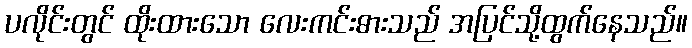
ပလိုင်းတွင် ထိုးထားသော လေးကင်းဓားသည် အပြင်သို့ထွက်နေသည်။